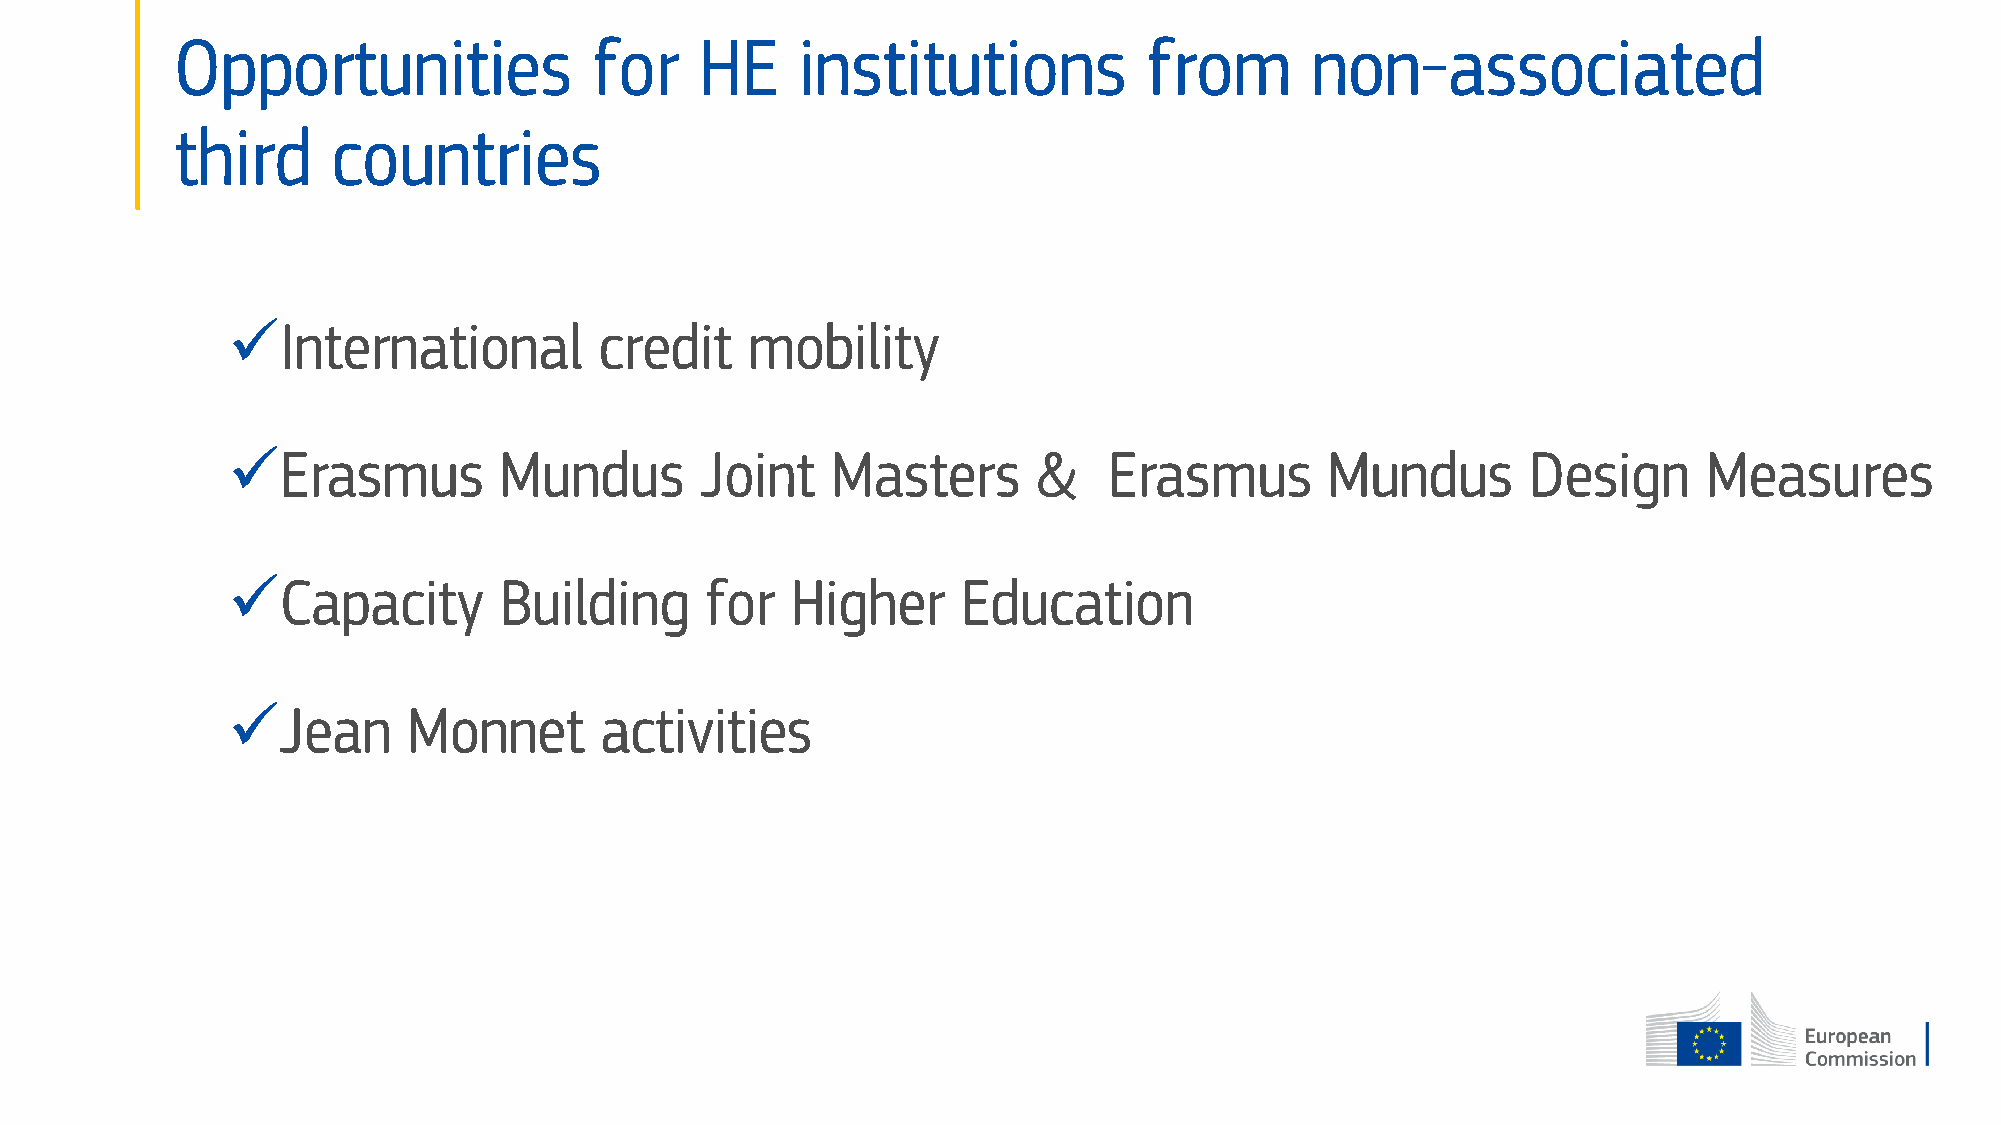
Opportunities              for    HE     institutions           from       non-associated
 third     countries
 International           credit    mobility
 Erasmus          Mundus       Joint    Masters       &   Erasmus        Mundus       Design      Measures
 Capacity         Building      for  Higher      Education
 Jean       Monnet       activities